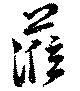
蒞